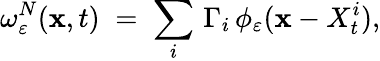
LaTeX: \omega_{\varepsilon}^{N}(\textbf{x},t)\; =\; \sum_{i}\, \Gamma_{i}\, \phi_{\varepsilon}(\textbf{x}-X_{t}^{i}),